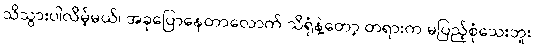
သိသွားပါလိမ့်မယ်၊ အခုပြောနေတာလောက် သိရုံနဲ့တော့ တရားက မပြည့်စုံသေးဘူး၊